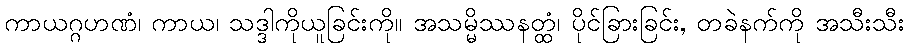
ကာယဂ္ဂဟဏံ၊ ကာယ၊ သဒ္ဒါကိုယူခြင်းကို။ အသမ္မိဿနတ္ထံ၊ ပိုင်ခြားခြင်း, တခဲနက်ကို အသီးသီး